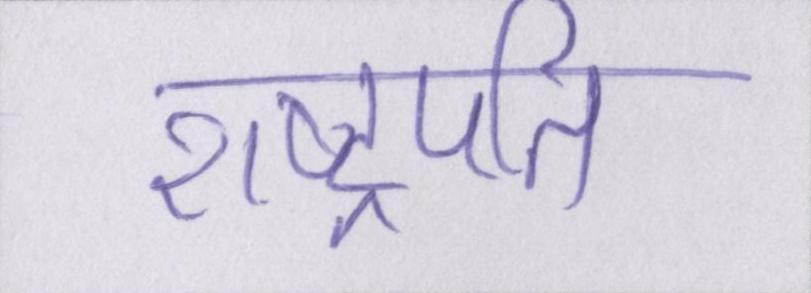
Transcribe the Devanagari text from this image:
राष्ट्रपति